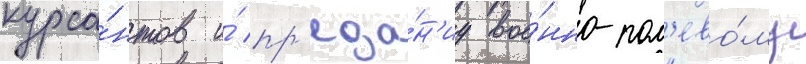
курса́нтов и́ пр'еда́н'иу вое́нно-пол'ево́му